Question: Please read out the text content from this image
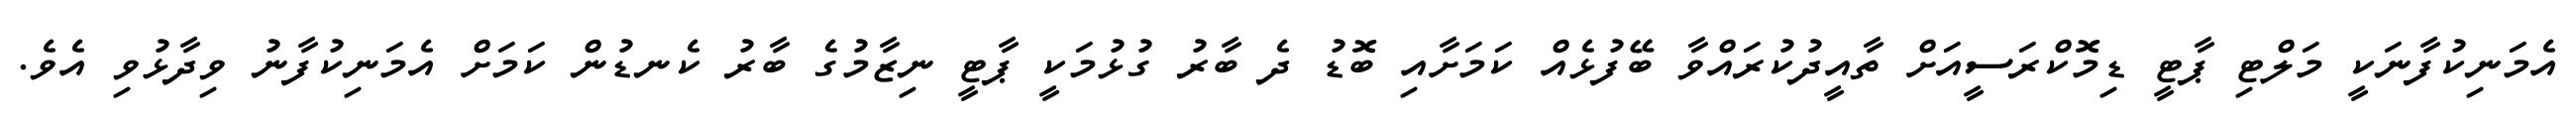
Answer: އެމަނިކުފާނަކީ މަލްޓި ޕާޓީ ޑިމޮކްރަސީއަށް ތާއީދުކުރައްވާ ބޭފުޅެއް ކަމަށާއި ބޮޑު ދެ ބާރު ގުޅުމަކީ ޕާޓީ ނިޒާމުގެ ބާރު ކެނޑުން ކަމަށް އެމަނިކުފާނު ވިދާޅުވި އެވެ.